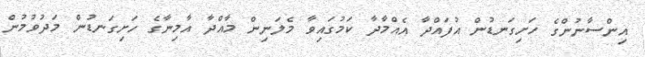
އިންސާނުންގެ ހަށިގަނޑުން އުފައްދާ އެއްމާދާ ކަމުގައިވާ މެލަނިން މާއްދާ އާމިނާގެ ހަށިގަނޑުން މަދުވުމުން